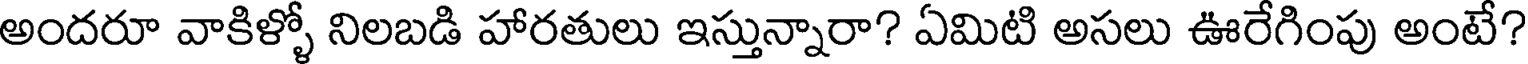
అందరూ వాకిళ్ళో నిలబడి హారతులు ఇస్తున్నారా? ఏమిటి అసలు ఊరేగింపు అంటే?